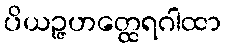
ပိယဉ္ဇဟတ္ထေရဂါထာ